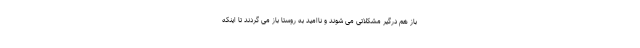
باز هم درگیر مشکلاتی می شوند و ناامید به روستا باز می گردند تا اینکه